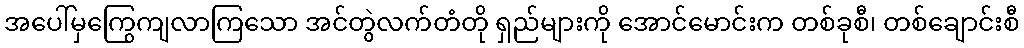
အပေါ်မှကြွေကျလာကြသော အင်တွဲလက်တံတို ရှည်များကို အောင်မောင်းက တစ်ခုစီ၊ တစ်ချောင်းစီ